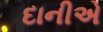
દાનીએ